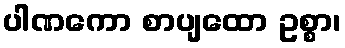
ပါဏကော စာပျထော ဥစ္စာ၊